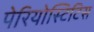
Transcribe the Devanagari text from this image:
पेरियोस्टिटिस